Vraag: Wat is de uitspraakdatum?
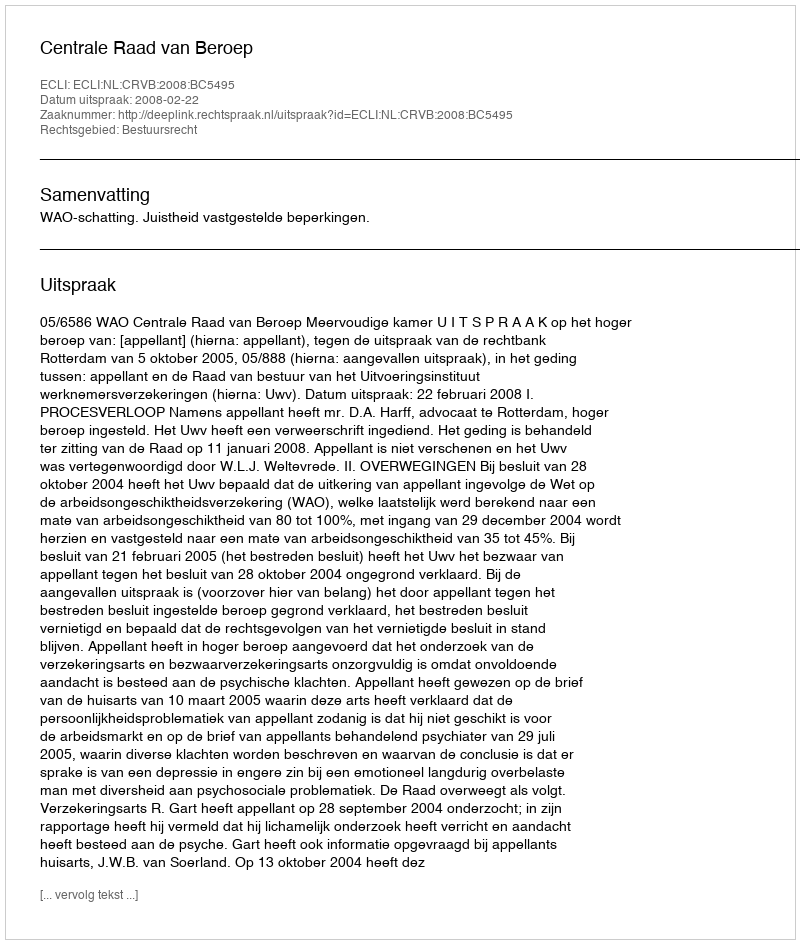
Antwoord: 2008-02-22